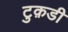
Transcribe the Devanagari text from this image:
टुक़डी